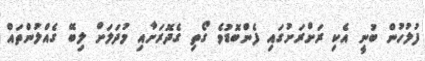
ފުލުހުން ބުނީ އެކި ރަށްރަށުގައި ފެންބޮޑުވެ ގޯތި ގެދޮރަށާއި މުދަލަށް ލިބޭ ގެއްލުންތައް